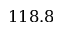
1 1 8 . 8